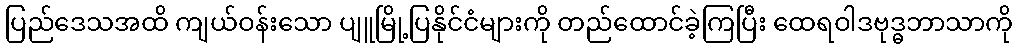
ပြည်ဒေသအထိ ကျယ်ဝန်းသော ပျူမြို့ပြနိုင်ငံများကို တည်ထောင်ခဲ့ကြပြီး ထေရဝါဒဗုဒ္ဓဘာသာကို